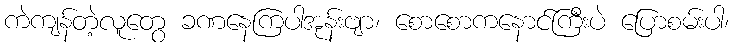
ကဲကျန်တဲ့လူတွေ ခဏနေကြပါအုန်းဗျာ၊ စောစောကနောင်ကြီးပဲ ပြောစမ်းပါ၊